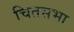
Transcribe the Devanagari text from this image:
चितसभा